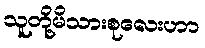
သူတို့မိသားစုလေးဟာ